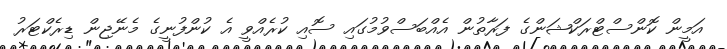
އަމީން ކޮންސްޓްރަކްޝަންގެ ފަރާތުން އެއްބަސްވުމުގައި ސޮއި ކުރެއްވީ އެ ކުންފުނީގެ މެނޭޖިން ޑިރެކްޓަރު